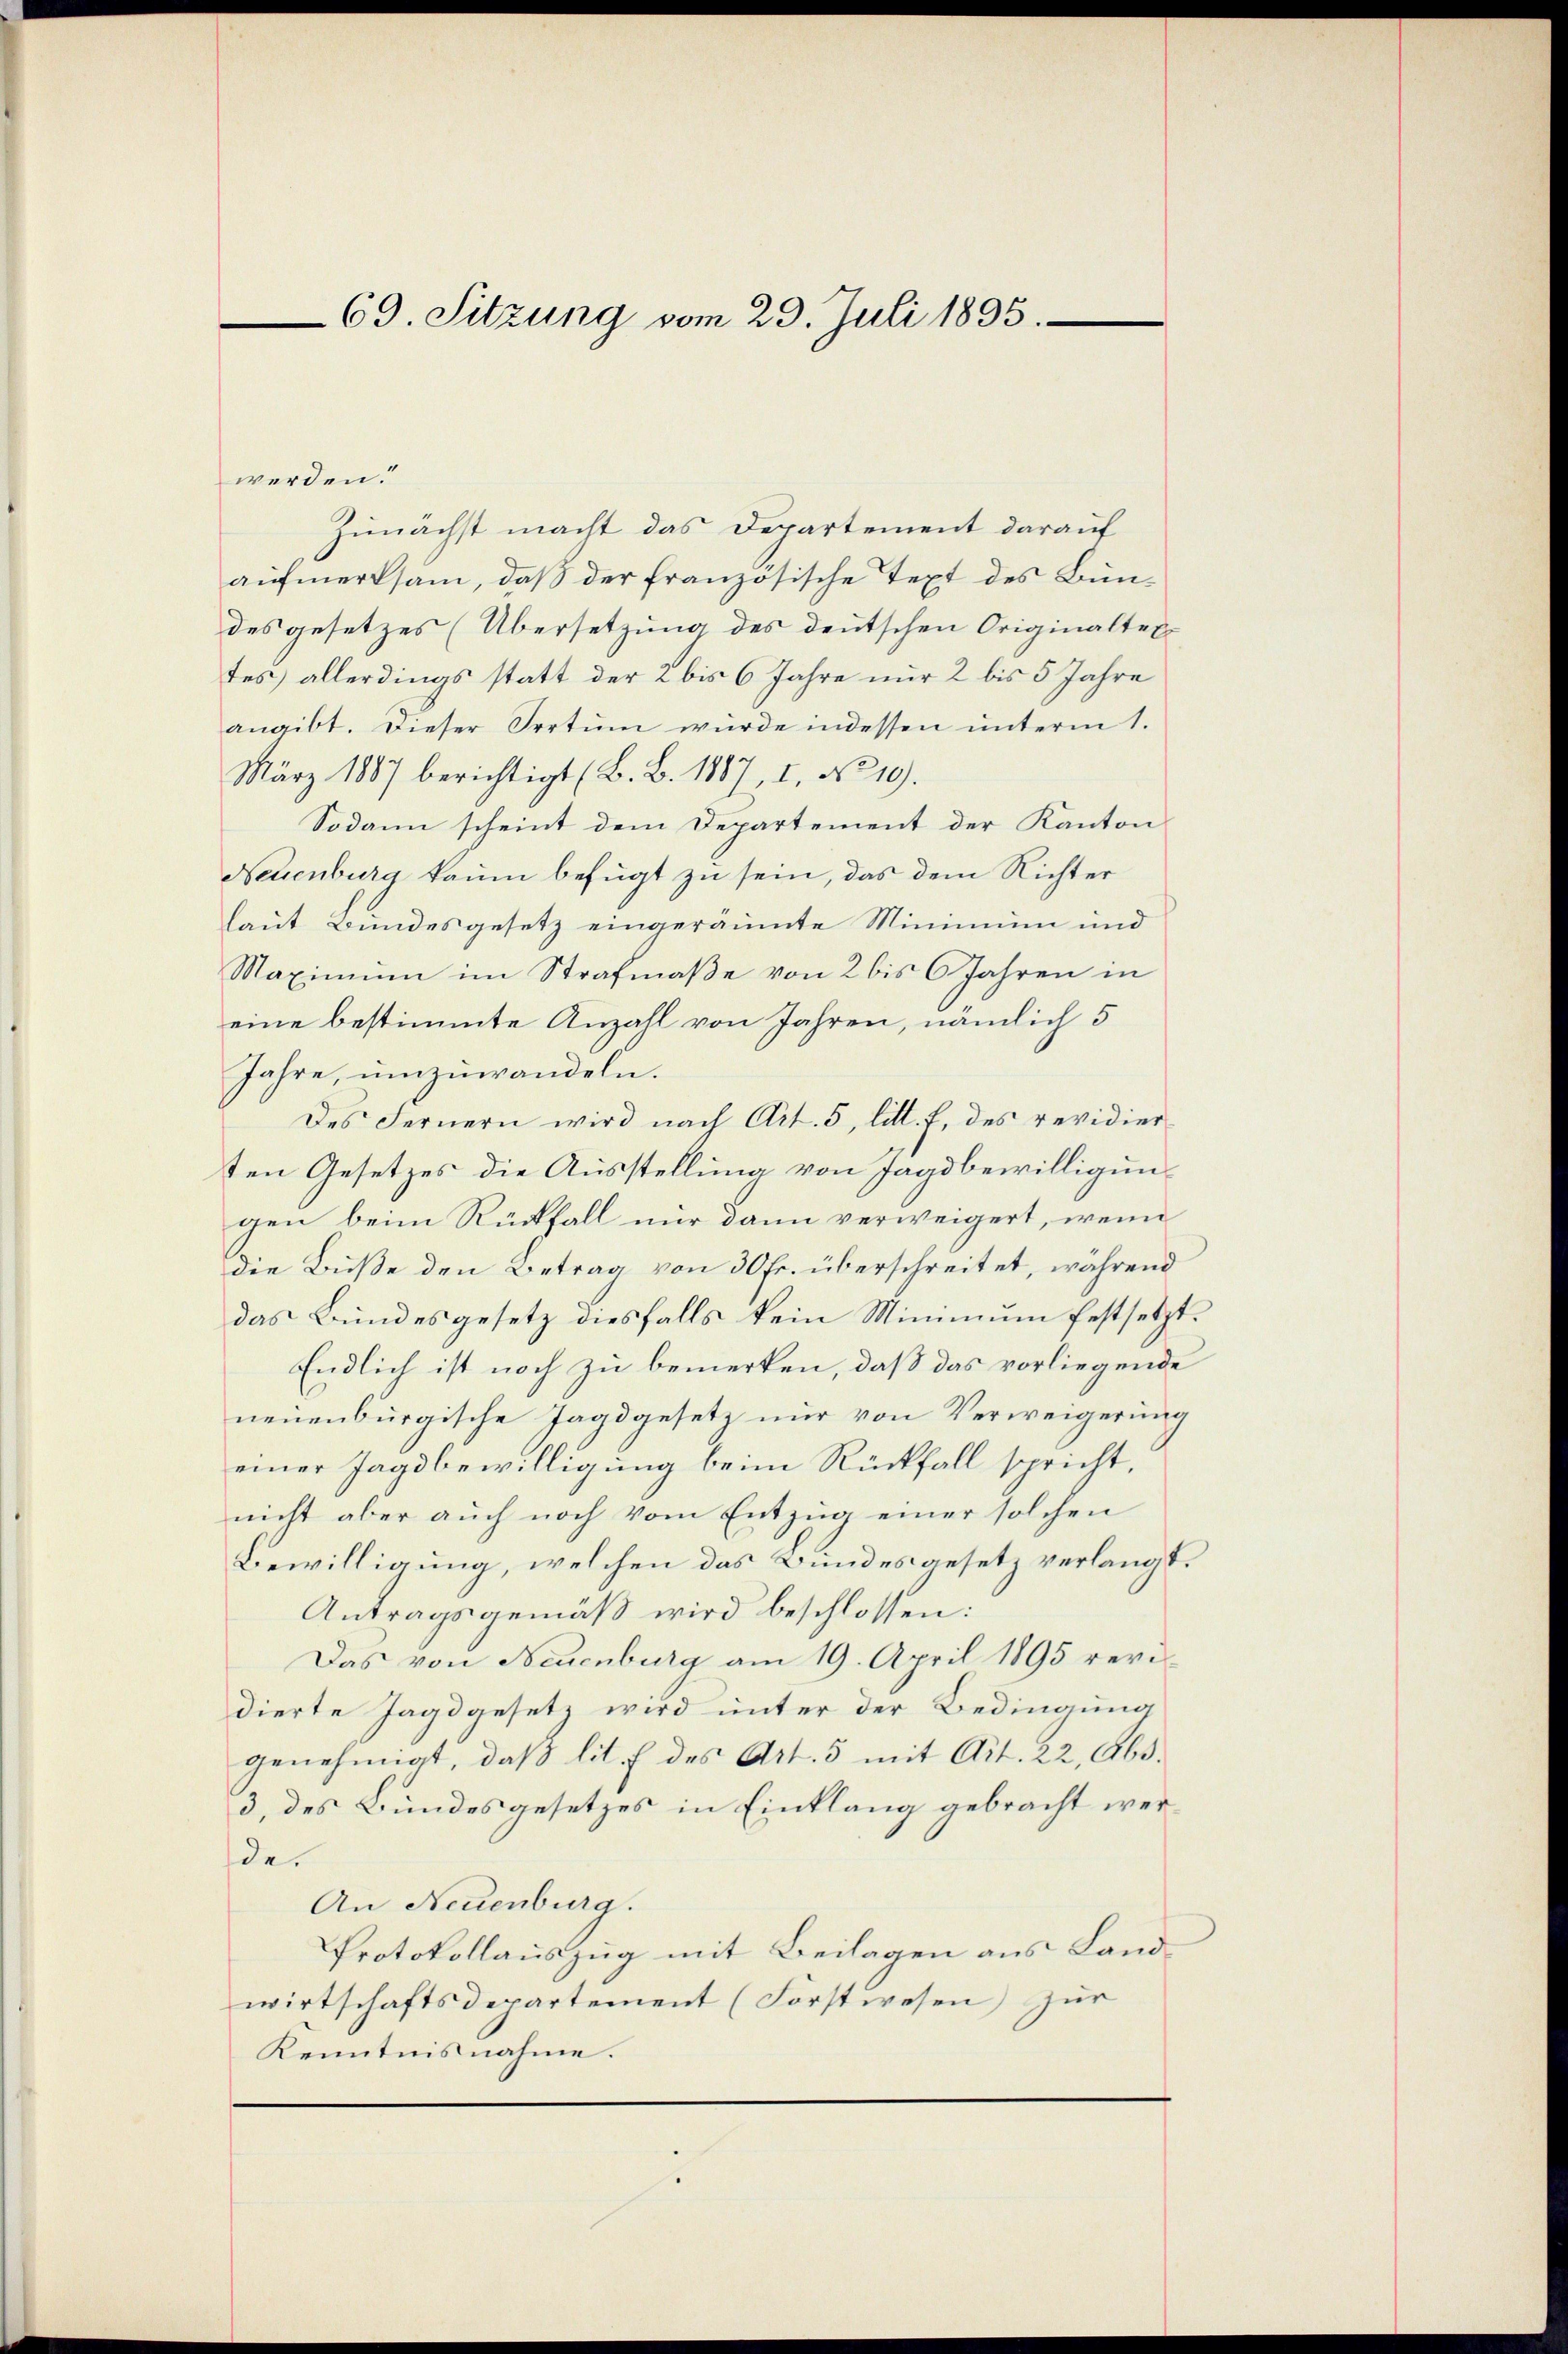
69. Sitzung vom 29. Juli 1895.

werden.
Zunächst macht das Departement darauf
aŭfmerksam, daβ der französische Text des Bündes gesetzes (Übersetzung des deutschen Originaltex-
tes) allerdings statt der 2 bis 6 Jahre nur 2 bis 5 Jahre
angibt. Dieser Irrtum würde indessen unterm 1.
März 1887 berichtigt (B. B. 1887, I, No 19.
Sodann scheint dem Departement der Kanton
Neuenburg kaum befügt zu sein, das dem Richter
laut Bundesgesetz eingeräumte Minimum und
Maximum im Strafmaße von 2 bis 6 Jahren in
eine bestimmte Anzahl von Jahren, nämlich 5
Jahre, umzuwandeln.
Des Fernern wird nach Art. 5, litt. f. des revidier
ten Gesetzes die Ausstellung von Jagdbewilligungen beim Rückfall nur dann verweigert, wenn
die Buße den Betrag von 30 Fr. überschreitet, während
das Bundesgesetz diesfalls kein Minimum festsetzt.
Endlich ist noch zu bemerken, daß das vorliegende
neuenburgische Jagdgesetz nur von Verweigerung
einer Tagsbewilligung beim Rückfall spricht,
nicht aber auch noch vom Entzug einer solchen
Bewilligung, welchen das Bundesgesetz verlangt.
Antragsgemäß wird beschlossen:
Das von Neuenburg am 19. April 1895 revidierte Jagdgesetz wird unter der Bedingung
genehmigt, daβ lit. f des Art. 5 mit Art. 22, Abs.
3, des Bundesgesetzes in Einklang gebracht werde.
An Neuenburg.
Protokollauszug mit Beilagen aus Landwirtschaftsdepartement (Forstwesen) zur
Kenntnisnahme.